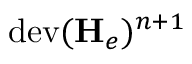
\mathrm { d e v } ( \mathbf { H } _ { e } ) ^ { n + 1 }